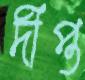
দীপ্ত